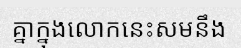
គ្នាក្នុងលោកនេះសមនឹង